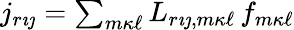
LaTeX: \begin{array}{r}{j_{r{\imath\jmath}}=\sum_{m{\kappa\ell}}L_{r{\imath\jmath},m{\kappa\ell}}\, f_{m{\kappa\ell}}}\end{array}